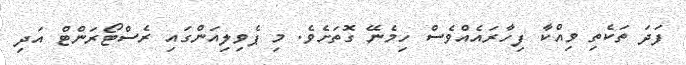
ފަދަ ތަކެތި ވިއްކާ ފިހާރައެއްވެސް ހިމެނޭ ގޮތަށެވެ. މި ޕެވިލިއަންގައި ރެސްޓޯރަންޓް އަދި